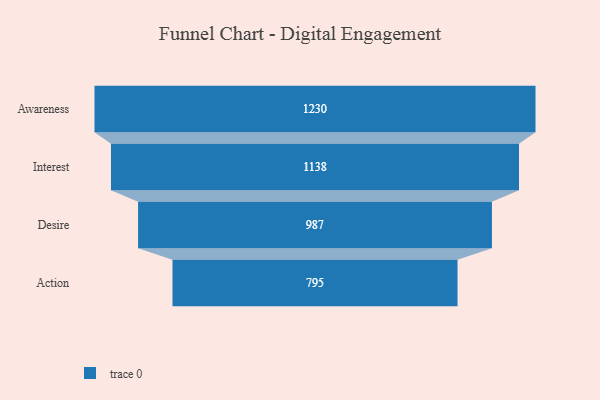
{"axis": {"x": "Stage", "y": "Value"}, "legend": [""], "data": [{"x": "Awareness", "y": 1230.0, "type": ""}, {"x": "Interest", "y": 1138.0, "type": ""}, {"x": "Desire", "y": 987.0, "type": ""}, {"x": "Action", "y": 795.0, "type": ""}]}